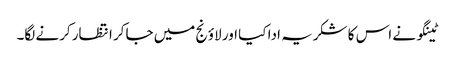
ٹینگو نے اس کا شکریہ ادا کیا اور لاؤنج میں جاکر انتظار کرنے لگا۔